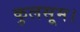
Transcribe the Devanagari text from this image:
कुलसूम।